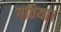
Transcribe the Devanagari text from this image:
गठिया।